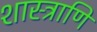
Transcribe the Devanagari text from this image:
शास्त्राणि